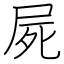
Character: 屍